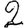
Digit: 2